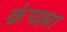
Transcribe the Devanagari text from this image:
क्रंचल्ला